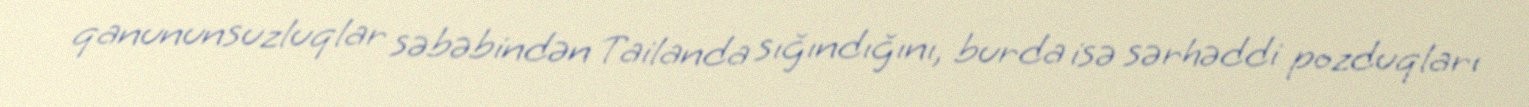
qanununsuzluqlar səbəbindən Tailanda sığındığını, burda isə sərhəddi pozduqları